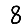
Digit: 8